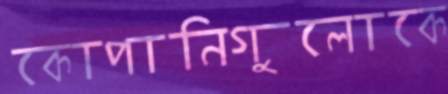
কোপানিগুলোকে